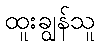
ထူးချွန်သူ